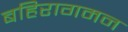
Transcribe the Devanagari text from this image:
बहिरागमन